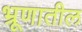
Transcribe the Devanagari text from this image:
भ्रूणातील